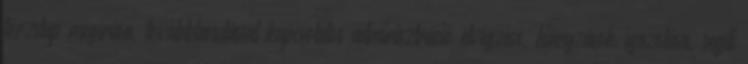
törzslap megírása, továbbtanulással kapcsolatos adminisztráció elvégzése, hiányzások igazolása, segíti